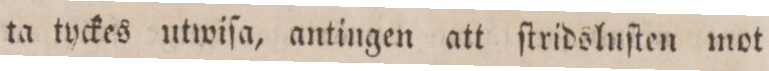
ta tyckes utwiſa, antingen att ſtridsluſten mot